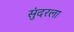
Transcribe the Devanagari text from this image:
सुंदरला